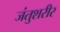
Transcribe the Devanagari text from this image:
जंतुशरीर